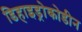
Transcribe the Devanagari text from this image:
डिहाइड्रोकोडीन